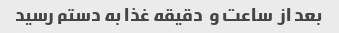
بعد از  ساعت و  دقیقه غذا به دستم رسید